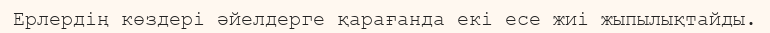
Ерлердің көздері әйелдерге қарағанда екі есе жиі жыпылықтайды.